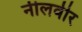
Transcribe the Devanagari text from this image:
नीलवीर